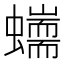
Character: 𧔇